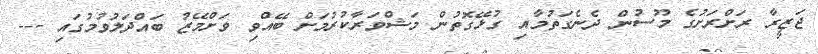
ޖަޒީރާ ރަށްރަށުގެ މޫސުން ދެނެގަތުމާއި ގުޅޭގޮތުން މަޝްވަރާކުރުމަށް ބޭއްވި ވަށްމޭޒު ބައްދަލުވުމުގައި ---